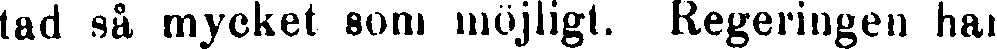
tad så mycket som möjligt. Regeringen har